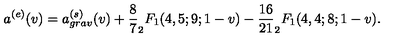
a ^ { ( e ) } ( v ) = a _ { g r a v } ^ { ( s ) } ( v ) + \frac { 8 } { 7 } _ { 2 } F _ { 1 } ( 4 , 5 ; 9 ; 1 - v ) - \frac { 1 6 } { 2 1 } _ { 2 } F _ { 1 } ( 4 , 4 ; 8 ; 1 - v ) .